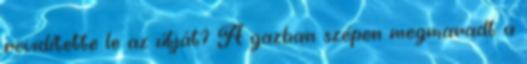
rövidítette le az útját? A gazban szépen megmaradt a